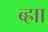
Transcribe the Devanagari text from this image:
ब्ह्राा